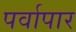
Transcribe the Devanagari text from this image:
पर्वापार